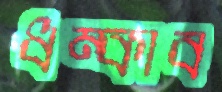
ধম্‌কাব